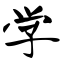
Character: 学